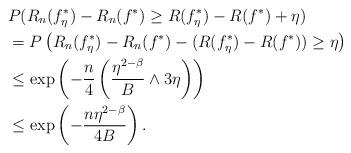
LaTeX: \begin{align*}&P(R_{n}(f^*_{\eta}) - R_{n}(f^*) \ge R(f^*_{\eta}) - R(f^*) + \eta)\\&=P\left(R_{n}(f^*_{\eta}) - R_{n}(f^*) - (R(f^*_{\eta}) - R(f^*)) \ge \eta\right)\\&\le \exp\left(-\frac{n}{4}\left(\frac{\eta^{2 - \beta}}{B}\land 3\eta\right)\right)\\&\le \exp\left(-\frac{n\eta^{2 - \beta}}{4B}\right).\end{align*}